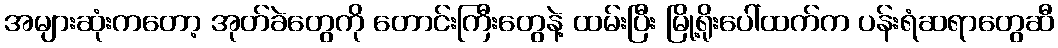
အများဆုံးကတော့ အုတ်ခဲတွေကို တောင်းကြီးတွေနဲ့ ထမ်းပြီး မြို့ရိုးပေါ်ထက်က ပန်းရံဆရာတွေဆီ